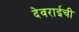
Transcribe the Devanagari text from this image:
देवराईची